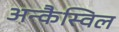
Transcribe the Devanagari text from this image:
अन्कैस्विल